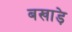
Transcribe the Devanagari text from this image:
बखाड़े